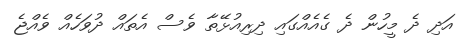
އަދި ދެ މީހުން ދެ ގެއެއްގައި ދިރިއުޅޭތާ ވެސް އެތައް ދުވަހެއް ވެއްޖެ